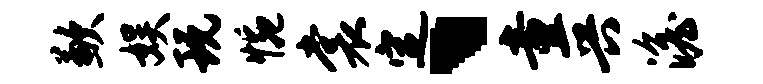
歉娱玩惋裳定、童兴澹